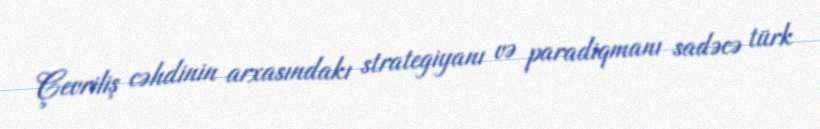
Çevriliş cəhdinin arxasındakı strategiyanı və paradiqmanı sadəcə türk